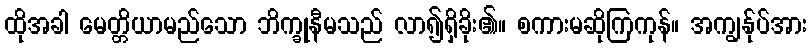
ထိုအခါ မေတ္တိယာမည်သော ဘိက္ခုနီမသည် လာ၍ရှိခိုး၏။ စကားမဆိုကြကုန်။ အကျွန်ုပ်အား